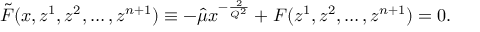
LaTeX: \tilde { F } ( x , z ^ { 1 } , z ^ { 2 } , \ldots , z ^ { n + 1 } ) \equiv - \hat { \mu } x ^ { - \frac { 2 } { Q ^ { 2 } } } + F ( z ^ { 1 } , z ^ { 2 } , \ldots , z ^ { n + 1 } ) = 0 .